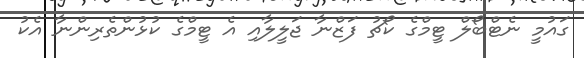
ގައުމީ ނެޓްބޯލް ޓީމްގެ ކޯޗު ފަޒްނާ ޖަލީލާއި އެ ޓީމްގެ ކުޅުންތެރިންނާ އެކު